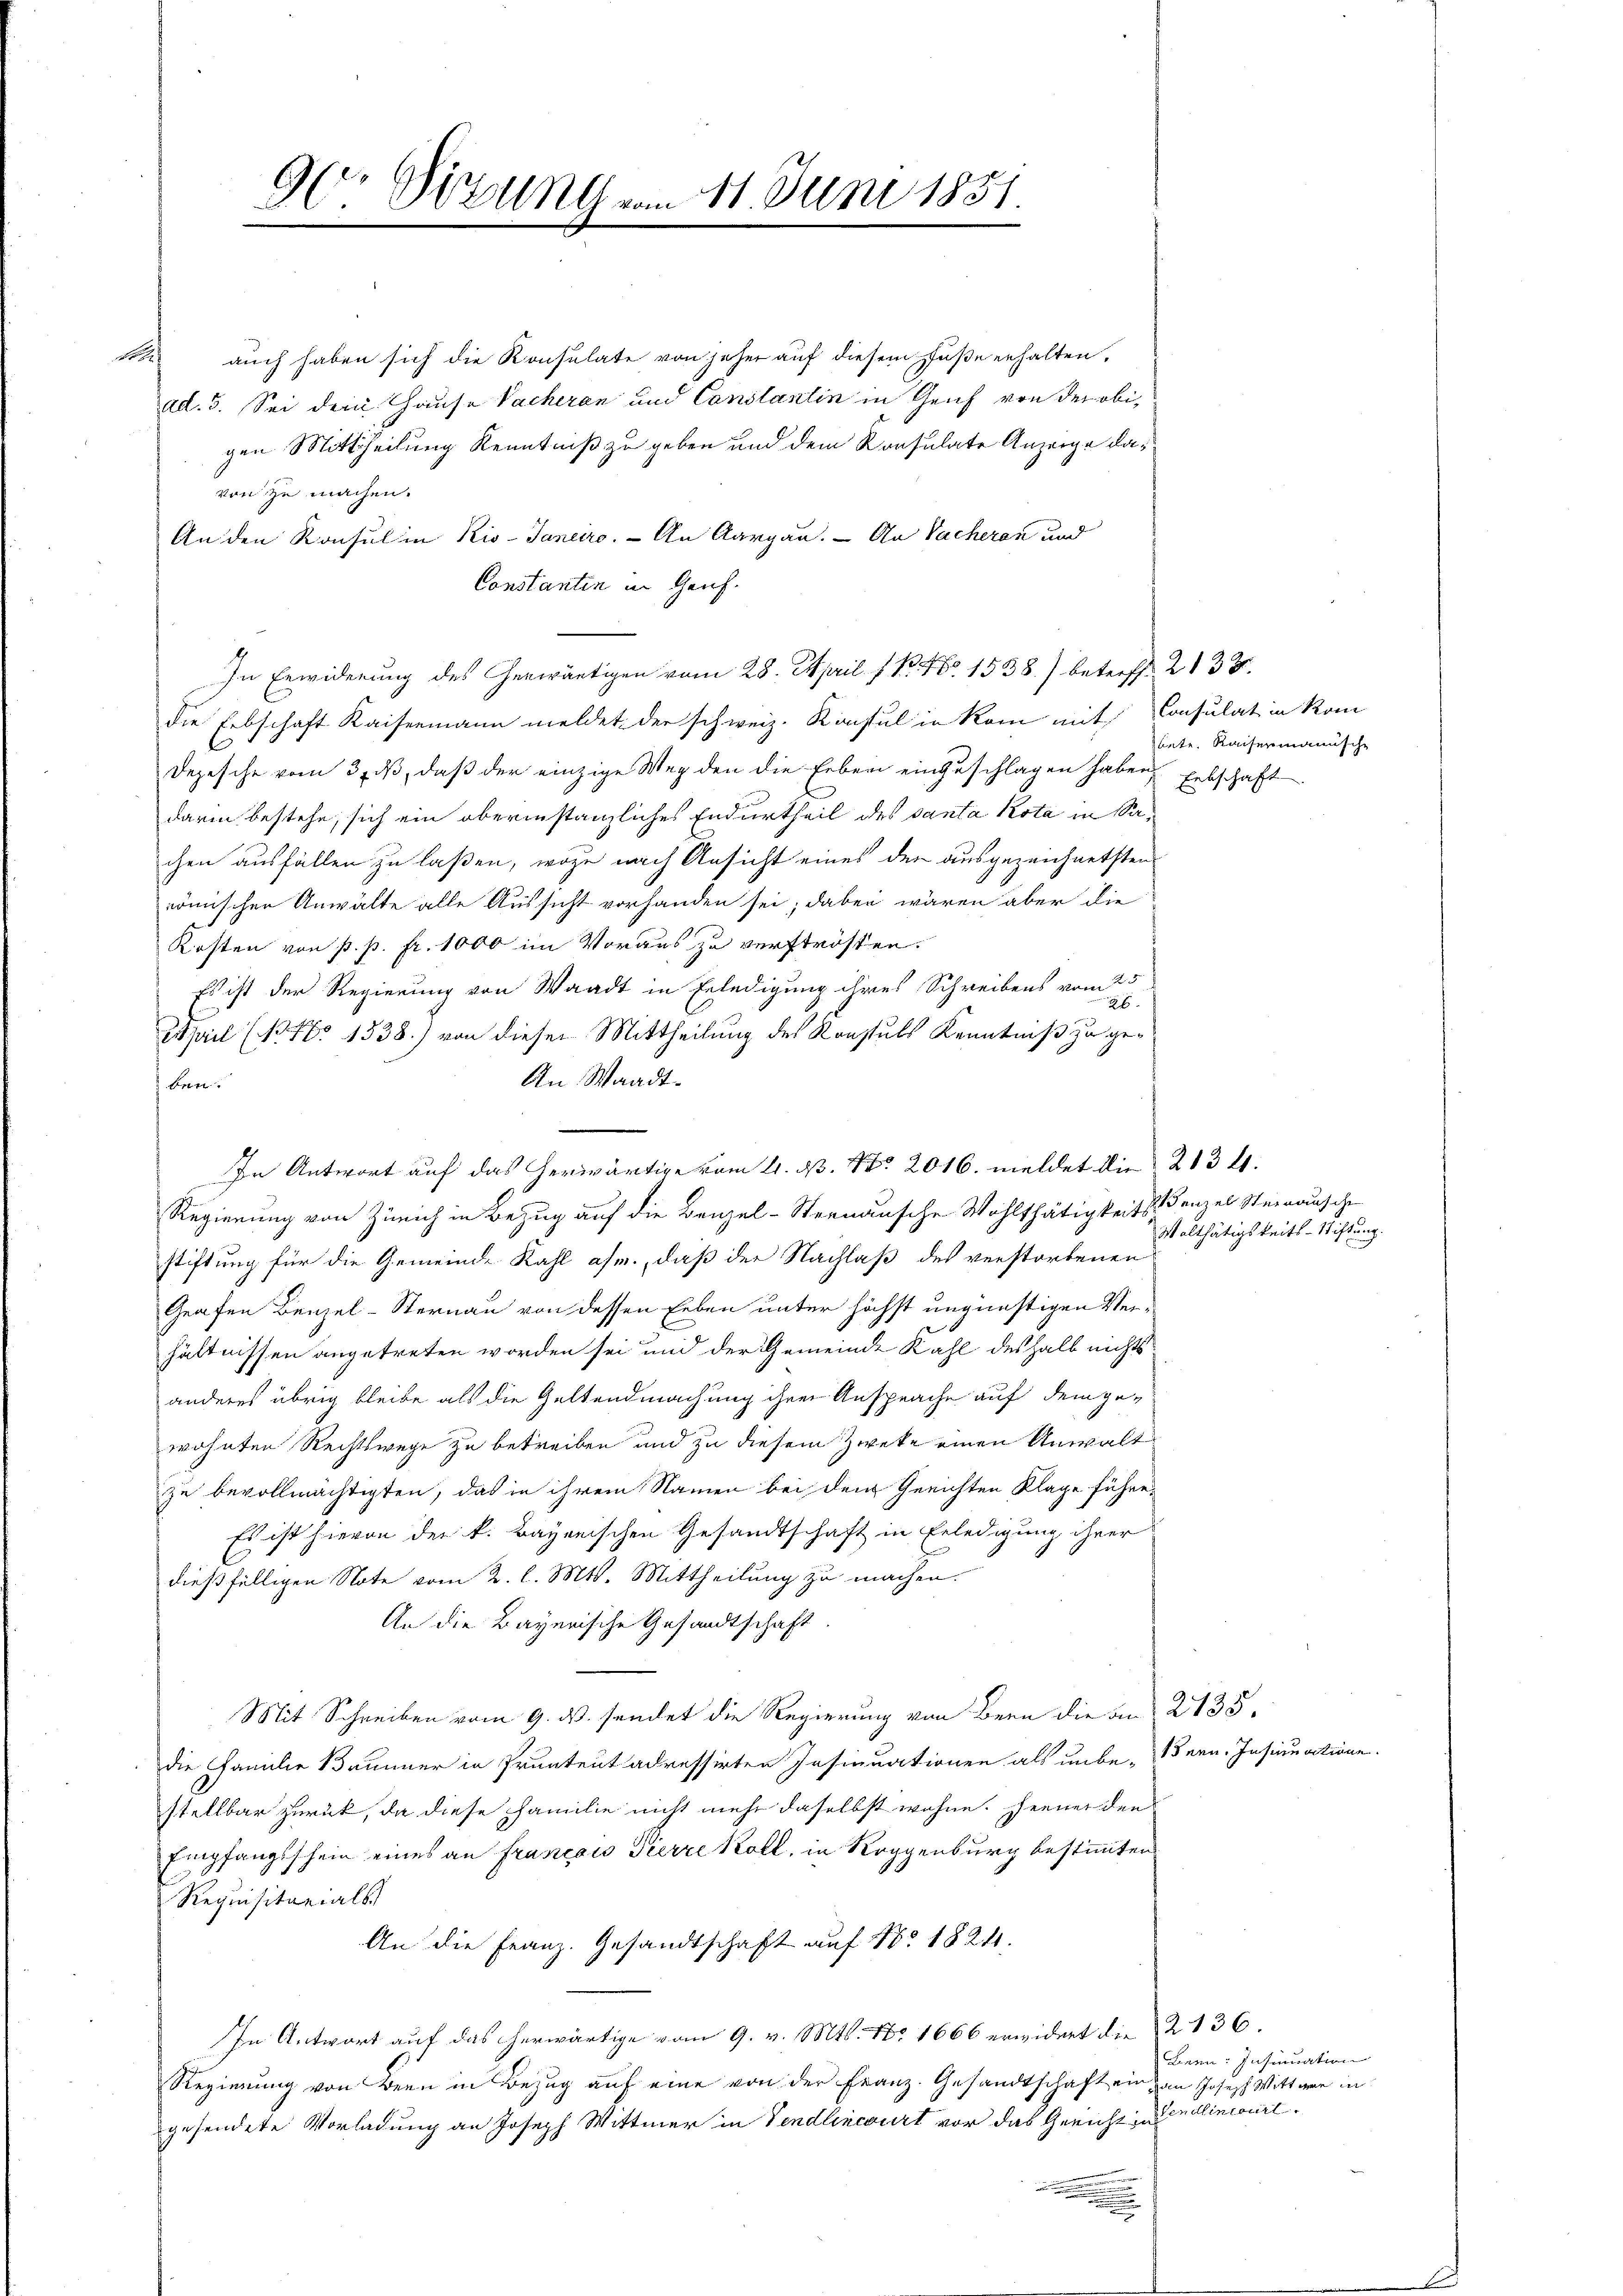
9( Sitzung vom 11. Juni 1851

auch haben sich die Konsulate von jeher auf diesem Fuße erhalten.
ad. 3. Sei dem Hause Sacheren und Canslantin in Genf von der obigen Mittheilung Kenntniß zu geben und dem Konsulate Anzeige davon zu machen.
An den Konsul in Kis-Janeiro. - An Aargau. An Sacheran und
Constantin in Genf.
In Erwiderung des herwärtigen vom 28. April 1 R. No 1538) betreff. 2133.
die Erbschaft Kaisermann meldet, der schweiz. Konsul in Rom mit Consulat in Kom
.
Depesche vom 3. dβ, daβ der einzige Weg den die Erben einzuschlagen haben Erbschaft
darin bestehe, sich ein oberinstanzliches Endurtheil des Santa Kota in Sachen ausfällen zu laßen, wozu nach Ansicht eines der ausgezeichnetsten
römischen Anwälte alle Aussicht vorhanden sei; dabei wären aber die
Kosten von p. p. fr. 1000 im Voraus zu verströsten.
Es ist der Regierung von Waadt in Erledigung ihres Schreibens vom
April (N. No 1338) von dieser Mittheilung des Konstals Kenntniß zu ge¬
An Waadt.
ben.
In Antwort auf das herwärtige vom 4. d. No 2016. meldet die 2134.
Regierung von Zürich in Bezug auf die Benzel-Sternansche Wohlthätigkeitstanzel Steinausche
stiftung für die Gemeinde Kahl afe, daß der Nachlaß des verstorbenen
Grafen Benzel-Sternau von dessen Erben unter höchst ungünstigen Vern
hältnissen angetreten worden sei und der Gemeinde Kahl deshalb nichts
anderes übrig bleibe als die Geltendmachung ihrer Ansprache auf dem gewohnten Rechtswege zu betreiben und zu diesem Zweke einen Anwalt
zu bevollmächtigten, das in ihrem Namen bei dem Gerichten Klage führe.
Es ist hievon der k. Bayerischen Gesandtschaft in Erledigung ihrer
dießfälligen Note vom 2. l. Mts. Mittheilung zu machen.
An die Bayerische Gesandtschaft
Mit Schreiben vom 9. ds. sendet die Regierung von Bern die an 2135.
die Familie Brunner in Prunteut adressirten Insinuationen als unbe- ern. Insinuatione
stellbar zurück, da diese Familie nicht mehr daselbst wohne. Ferner den
Empfangsschein eines an Français Pierre Roll, in Roggenburg bestimmten
Requisitarials
An die Franz. Gesandtschaft auf No 1824.
In Antwort auf das herwärtige vom 9. v. Mts. No 1666 erwidert die
Regierung von Bern in Bezug auf eine von der Franz. Gesandtschaft ein an Joseph Wittwer in
gesendete Vorladung an Joseph Wittmer in Vendlincourt vor das Gericht in Endlincouri¬

bate. Kaisermannsche

Walthätigkeits-Stiftung.

2136.
Bern: Insinuation